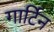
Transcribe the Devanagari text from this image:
गार्टिन